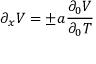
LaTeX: \partial _ { x } V = \pm a { \frac { \partial _ { 0 } V } { \partial _ { 0 } T } }